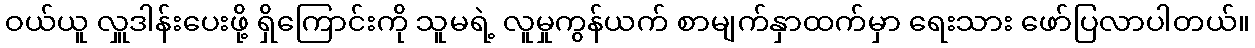
ဝယ်ယူ လှူဒါန်းပေးဖို့ ရှိကြောင်းကို သူမရဲ့ လူမှုကွန်ယက် စာမျက်နှာထက်မှာ ရေးသား ဖော်ပြလာပါတယ်။